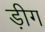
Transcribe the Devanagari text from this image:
ड़ीग